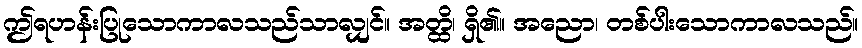
ဤရဟန်းပြုသောကာလသည်သာလျှင်။ အတ္ထိ၊ ရှိ၏။ အညော၊ တစ်ပါးသောကာလသည်။